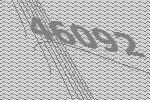
46092